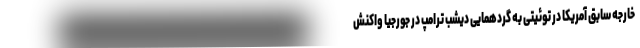
خارجه سابق آمریکا در توئیتی به گردهمایی دیشب ترامپ در جورجیا واکنش